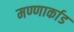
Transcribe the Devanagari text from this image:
मण्णार्काड